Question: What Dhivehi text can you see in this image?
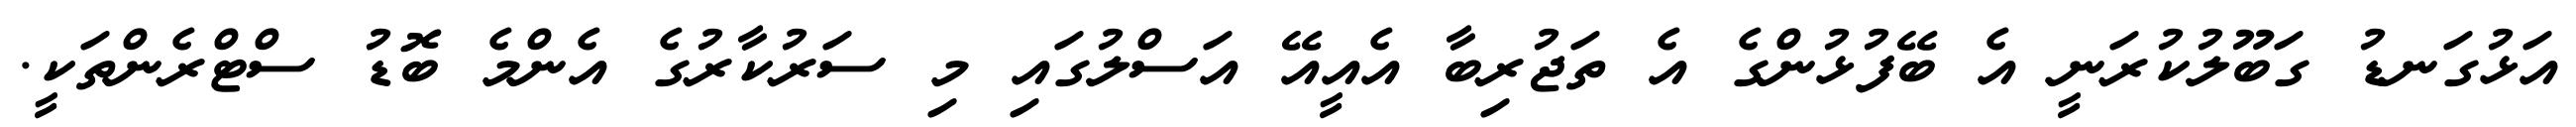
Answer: އަޅުގަނޑު ގަބޫލުކުރަނީ އެ ބޭފުޅުންގެ އެ ތަޖުރިބާ އެއީއޭ އަސްލުގައި މި ސަރުކާރުގެ އެންމެ ބޮޑު ސްޓްރެންތަކީ.